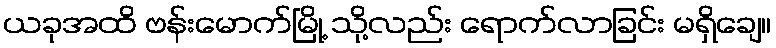
ယခုအထိ ဗန်းမောက်မြို့ သို့လည်း ရောက်လာခြင်း မရှိချေ။